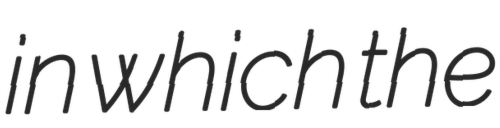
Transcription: in which the